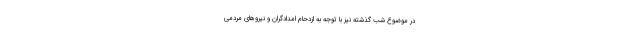
در موضوع شب گذشته نیز با توجه به ازدحام امدادگران و نیرو‌های مردمی